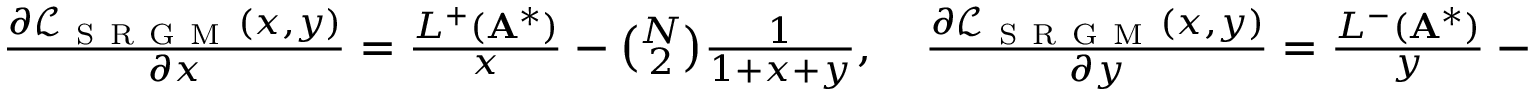
\begin{array} { r } { \frac { \partial \mathcal { L } _ { \mathrm { ~ S ~ R ~ G ~ M ~ } } ( x , y ) } { \partial x } = \frac { L ^ { + } ( \mathbf { A } ^ { * } ) } { x } - \binom { N } { 2 } \frac { 1 } { 1 + x + y } , \quad \frac { \partial \mathcal { L } _ { \mathrm { ~ S ~ R ~ G ~ M ~ } } ( x , y ) } { \partial y } = \frac { L ^ { - } ( \mathbf { A } ^ { * } ) } { y } - \binom { N } { 2 } \frac { 1 } { 1 + x + y } ; } \end{array}